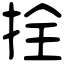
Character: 拴